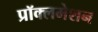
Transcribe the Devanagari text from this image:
प्रॉक्लमेशन